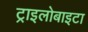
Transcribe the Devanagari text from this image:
ट्राइलोबाइटा